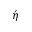
\acute { \eta }